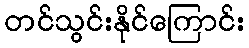
တင်သွင်းနိုင်ကြောင်း